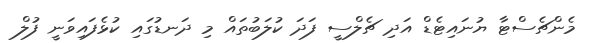
މެންޗެސްޓާ ޔުނައިޓެޑް އަދި ޗެލްސީ ފަދަ ކުލަބުތައް މި ދަނޑުގައި ކުޅެފައިވަނީ ފުލް